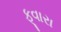
ફૂવારા